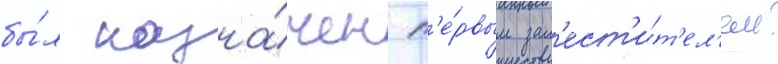
бы́л назна́чен п'е́рвым зам'ест'и́т'ел'ем